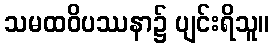
သမထဝိပဿနာ၌ ပျင်းရိသူ။